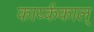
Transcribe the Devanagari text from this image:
कार्य्ककाल्